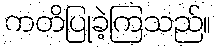
ကတိပြုခဲ့ကြသည်။